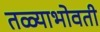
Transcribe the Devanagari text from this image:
तळ्याभोवती